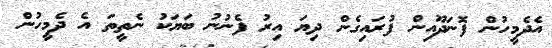
އެދެމީހުން ފޮނަދޫއިން ފުރައިގެން ދިޔަ އިރު ފެނުނު ބަޔަކު ނެތީތަ އެ ދެމީހުން